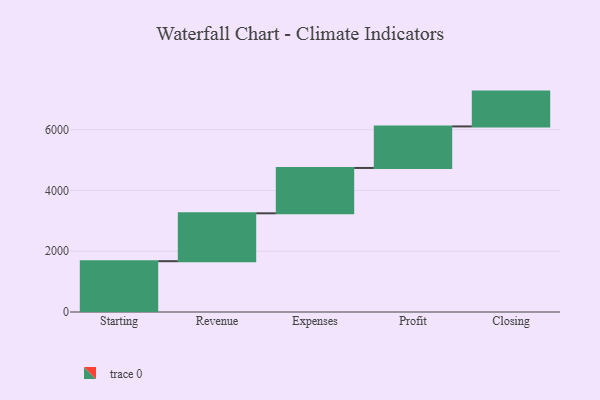
{"axis": {"x": "Step", "y": "Value"}, "legend": [""], "data": [{"x": "Starting", "y": 1672.0, "type": ""}, {"x": "Revenue", "y": 1576.0, "type": ""}, {"x": "Expenses", "y": 1492.0, "type": ""}, {"x": "Profit", "y": 1367.0, "type": ""}, {"x": "Closing", "y": 1146.0, "type": ""}]}